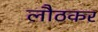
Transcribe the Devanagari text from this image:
लौठकर